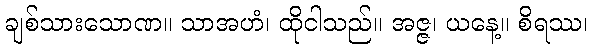
ချစ်သားသောဏ။ သာအဟံ၊ ထိုငါသည်။ အဇ္ဇ၊ ယနေ့။ စိရဿ၊